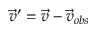
\vec { v } ^ { \prime } = \vec { v } - \vec { v } _ { o b s }